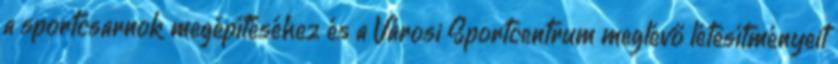
a sportcsarnok megépítéséhez és a Városi Sportcentrum meglévő létesítményeit